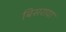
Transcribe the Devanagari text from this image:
बिसराया